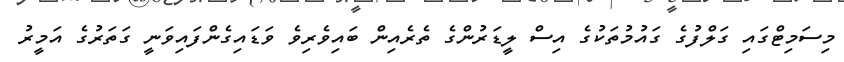
މިސަމިޓްގައި ގަލްފުގެ ގައުމުތަކުގެ އިސް ލީޑަރުންގެ ތެރެއިން ބައިވެރިވެ ވަޑައިގެންފައިވަނީ ގަތަރުގެ އަމީރު